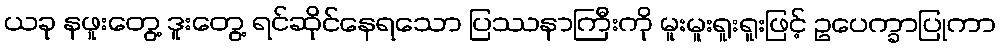
ယခု နဖူးတွေ့ ဒူးတွေ့ ရင်ဆိုင်နေရသော ပြဿနာကြီးကို မူးမူးရူးရူးဖြင့် ဥပေက္ခာပြုကာ